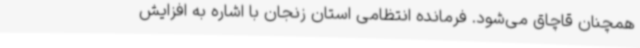
همچنان قاچاق می‌شود. فرمانده انتظامی استان زنجان با اشاره به افزایش